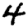
Digit: 4